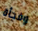
وفجأة